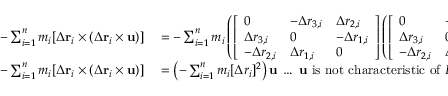
\begin{array} { r l } { - \sum _ { i = 1 } ^ { n } m _ { i } [ { \boldsymbol { \Delta } } \mathbf { r } _ { i } \times ( { \boldsymbol { \Delta } } \mathbf { r } _ { i } \times \mathbf { u } ) ] } & { { } = - \sum _ { i = 1 } ^ { n } m _ { i } \left( { \left[ \begin{array} { l l l } { 0 } & { - \Delta r _ { 3 , i } } & { \Delta r _ { 2 , i } } \\ { \Delta r _ { 3 , i } } & { 0 } & { - \Delta r _ { 1 , i } } \\ { - \Delta r _ { 2 , i } } & { \Delta r _ { 1 , i } } & { 0 } \end{array} \right] } \left( { \left[ \begin{array} { l l l } { 0 } & { - \Delta r _ { 3 , i } } & { \Delta r _ { 2 , i } } \\ { \Delta r _ { 3 , i } } & { 0 } & { - \Delta r _ { 1 , i } } \\ { - \Delta r _ { 2 , i } } & { \Delta r _ { 1 , i } } & { 0 } \end{array} \right] } { \left[ \begin{array} { l } { u _ { 1 } } \\ { u _ { 2 } } \\ { u _ { 3 } } \end{array} \right] } \right) \right) \; \ldots { \mathrm { ~ c r o s s - p r o d u c t ~ a s ~ m a t r i x ~ m u l t i p l i c a t i o n } } } \\ { - \sum _ { i = 1 } ^ { n } m _ { i } [ { \boldsymbol { \Delta } } \mathbf { r } _ { i } \times ( { \boldsymbol { \Delta } } \mathbf { r } _ { i } \times \mathbf { u } ) ] } & { { } = \left( - \sum _ { i = 1 } ^ { n } m _ { i } [ \Delta r _ { i } ] ^ { 2 } \right) \mathbf { u } \; \ldots \; \mathbf { u } { \mathrm { ~ i s ~ n o t ~ c h a r a c t e r i s t i c ~ o f ~ } } P _ { i } } \end{array}